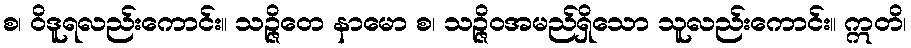
စ၊ ဝိဒူရလည်းကောင်း။ သဉ္ဇိဝော နာမော စ၊ သဉ္ဇိဝအမည်ရှိသော သူလည်းကောင်း။ ဣတိ၊